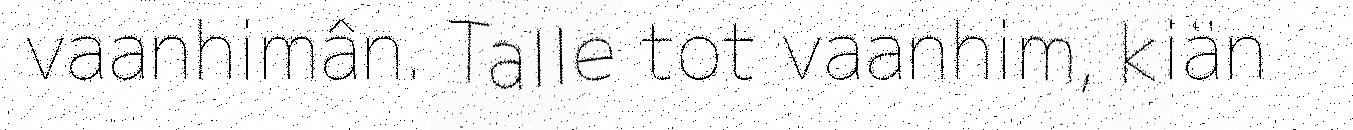
vaanhimân. Talle tot vaanhim, kiän